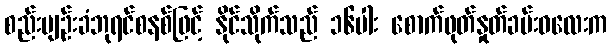
စည်းမျဉ်းခံဘုရင်စနစ်ဖြင့် နိုင်သိုက်သည် ၁၆ပါး စောက်ဖုတ်နှုတ်ခမ်းဝလေးက